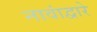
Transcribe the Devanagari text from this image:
नावांद्वारे